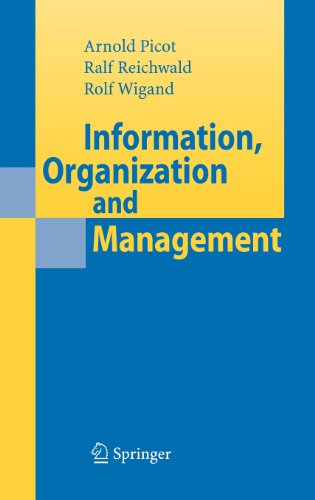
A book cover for Information, Organization and Management; Ralf Reichwald; Business & Money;